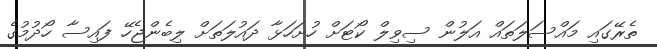
ތެރޭގައި މައްސަލަތައް އަލުން ސިވިލް ކޯޓަށް ހުށަހަޅާ ދައުލަތަށް ލިބެންޖެހޭ ފައިސާ ހޯދުމުގެ